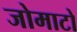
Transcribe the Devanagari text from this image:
जोमाटो